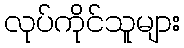
လုပ်ကိုင်သူများ